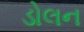
ડોલન